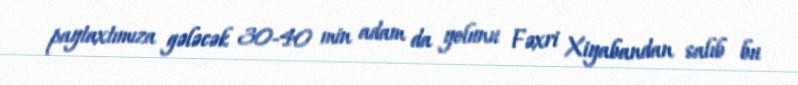
paytaxtımıza gələcək 30-40 min adam da yolunu Fəxri Xiyabandan salıb bu